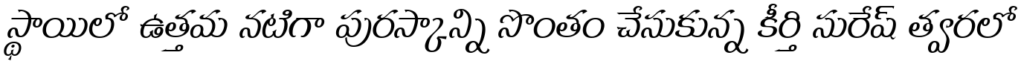
స్థాయిలో ఉత్తమ నటిగా పురస్కాన్ని సొంతం చేసుకున్న కీర్తి సురేష్ త్వరలో